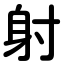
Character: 射